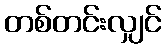
တစ်တင်းလျှင်